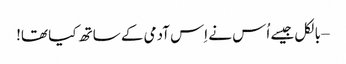
– بالکل جیسے اُس نے اِس آدمی کے ساتھ کیا تھا!